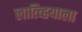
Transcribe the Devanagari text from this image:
लात्व्हियाला